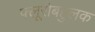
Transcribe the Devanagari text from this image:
फ्लूरोबहुलक